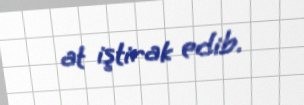
at iştirak edib.